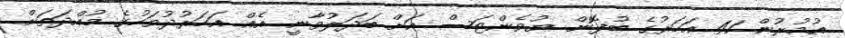
އުމުރުން 41 އަހަރުގެ ބުފޮން ޔުވެންޓަސް އަށް ބަދަލުވާނީ އެއް އަހަރުދުވަހުގެ މުއްދަތަށް